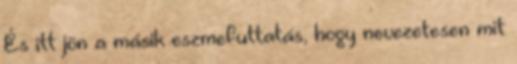
És itt jön a másik eszmefuttatás, hogy nevezetesen mit